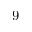
9